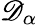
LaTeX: \mathscr{D}_{\alpha}